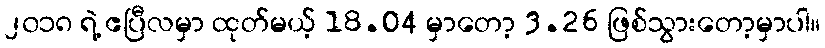
၂၀၁၈ ရဲ့ ဧပြီလမှာ ထုတ်မယ့် 18.04 မှာတော့ 3.26 ဖြစ်သွားတော့မှာပါ။